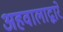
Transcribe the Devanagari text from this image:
अहवालाद्वारे